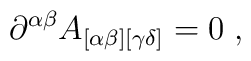
\partial^{\alpha\beta}  A_{[\alpha\beta][\gamma\delta]}=0\;,